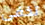
تخفى